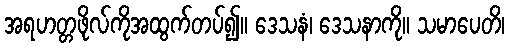
အရဟတ္တဖိုလ်ကိုအထွက်တပ်၍။ ဒေသနံ၊ ဒေသနာကို။ သမာပေတိ၊